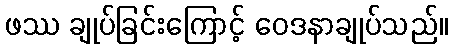
ဖဿ ချုပ်ခြင်းကြောင့် ဝေဒနာချုပ်သည်။